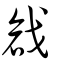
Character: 戧